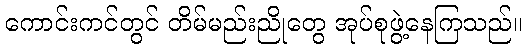
ကောင်းကင်တွင် တိမ်မည်းညိုတွေ အုပ်စုဖွဲ့နေကြသည်။